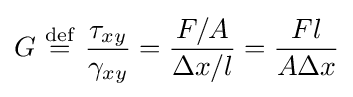
G\ {\stackrel {\mathrm {def} }{=}}\ {\frac {\tau _{xy}}{\gamma _{xy}}}={\frac {F/A}{\Delta x/l}}={\frac {Fl}{A\Delta x}}